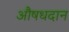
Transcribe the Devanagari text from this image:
औषधदान